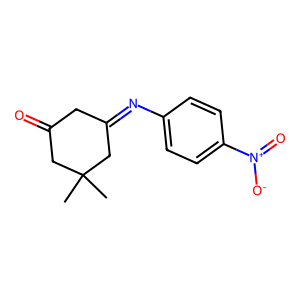
SMILES: CC1(C)CC(=O)CC(=Nc2ccc([N+](=O)[O-])cc2)C1
Inhibits HIV replication: No